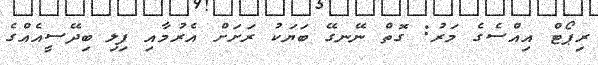
ރިޕޯޓް އިއްސެގެ މަރު: ގޮތް ނޭނގޭ ބަޔަކު ރަށަށް އެރުމާއި ފިލި ބިދޭސީއެއްގެ